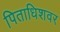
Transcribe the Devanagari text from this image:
पिताधिशवर